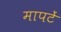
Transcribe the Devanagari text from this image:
मापटें